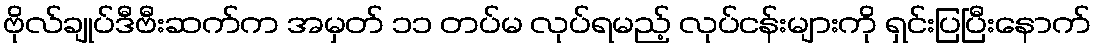
ဗိုလ်ချုပ်ဒီဗီးဆက်က အမှတ် ၁၁ တပ်မ လုပ်ရမည့် လုပ်ငန်းများကို ရှင်းပြပြီးနောက်